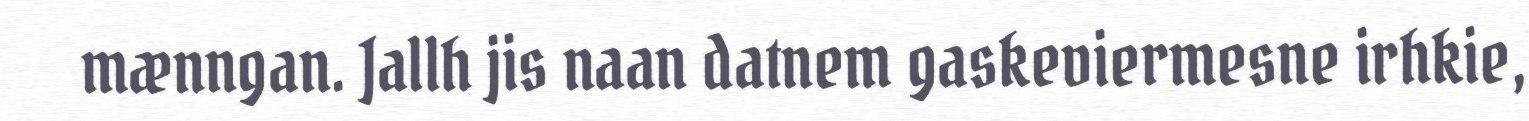
mænngan. Jallh jis naan datnem gaskeviermesne irhkie,